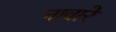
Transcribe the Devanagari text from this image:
नावारे